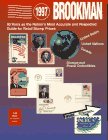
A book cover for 1997 Brookman United States, United Nations & Canada Stamps & Postal Collectibiles (Serial); Crafts, Hobbies & Home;